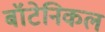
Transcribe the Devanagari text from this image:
बॉटेनिकल